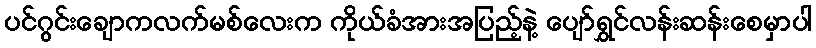
ပင်ဂွင်းချောကလက်မစ်လေးက ကိုယ်ခံအားအပြည့်နဲ့ ပျော်ရွှင်လန်းဆန်းစေမှာပါ